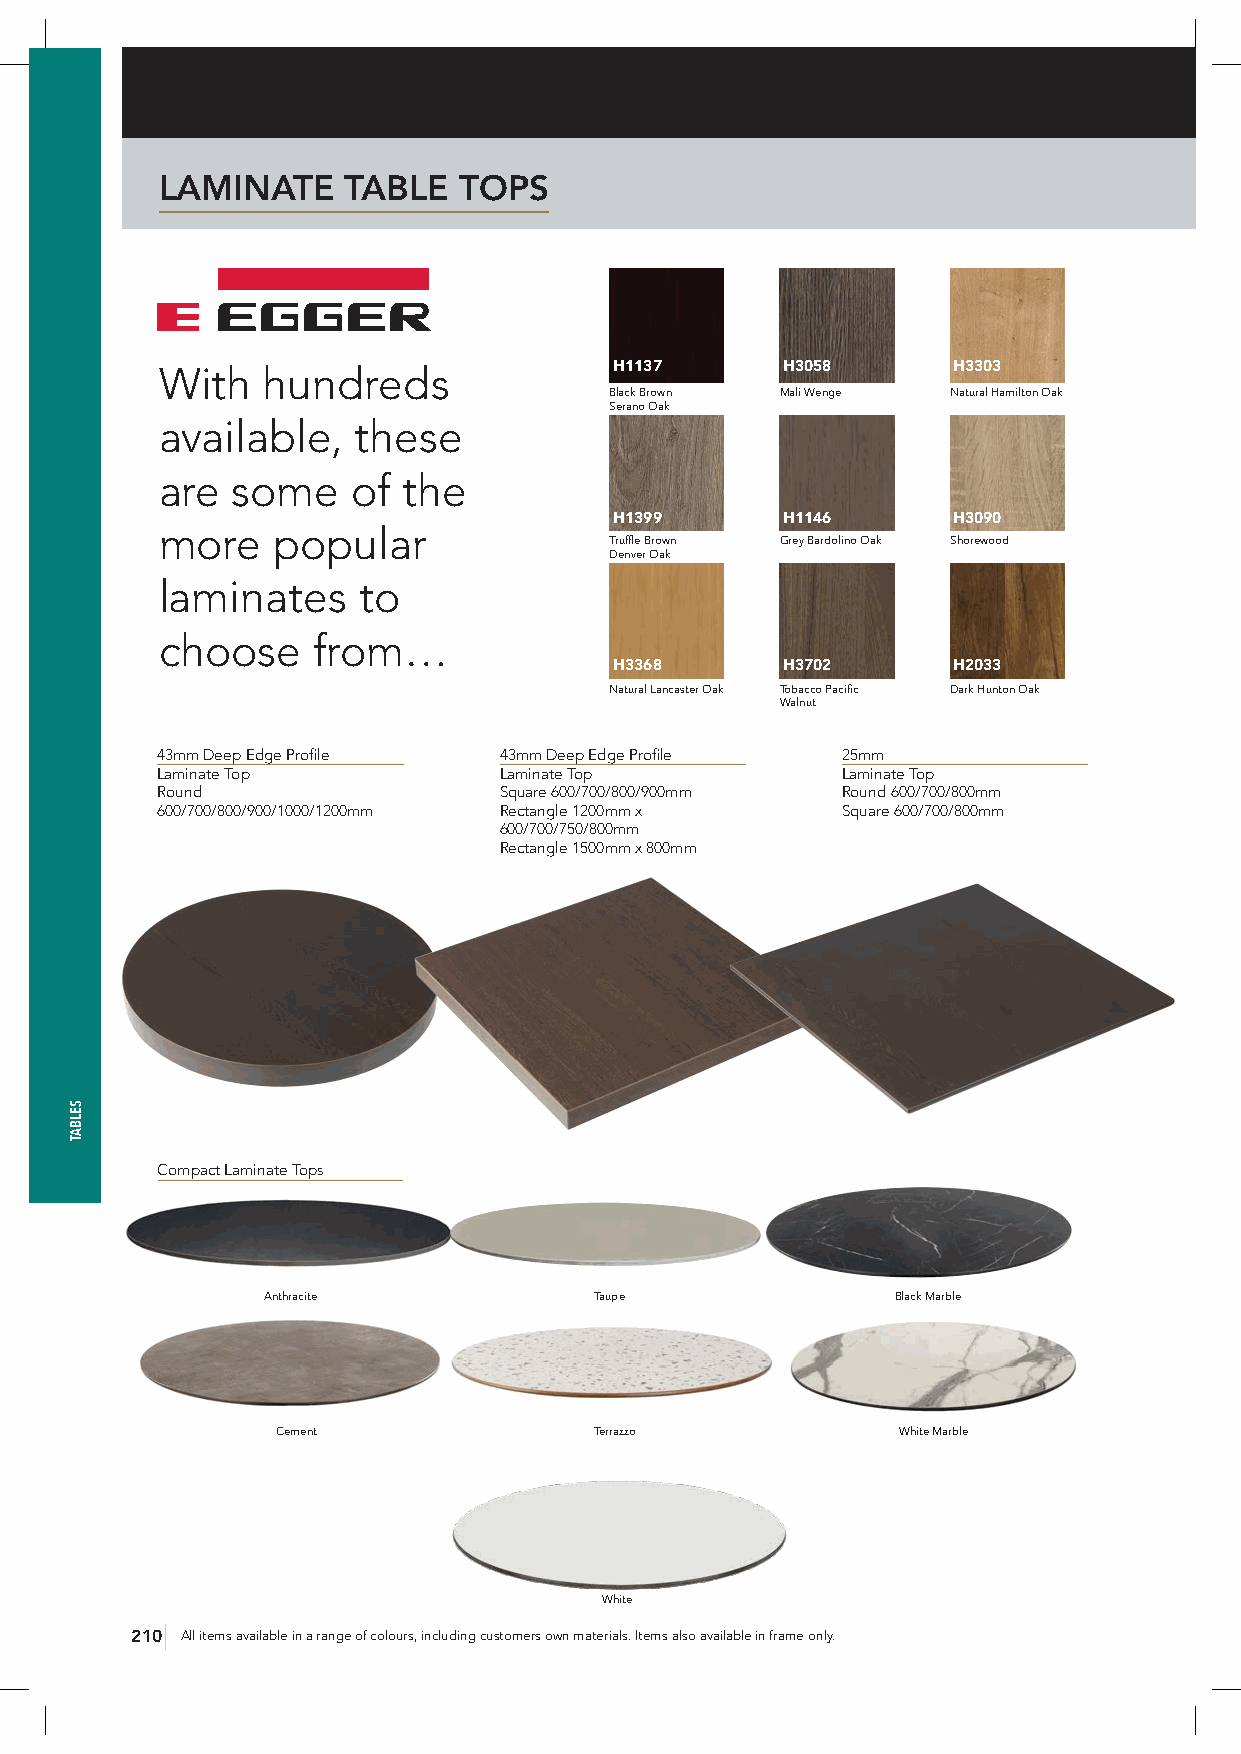
LAMINATE    TABLE  TOPS
 H1137      H3058      H3303
 With  hundreds
 Black Brown Mali Wenge Natural Hamilton Oak
 Serano Oak
 available,   these
 are some    of  the
 H1399      H1146      H3090
 more   popular
 Truffle Brown Grey Bardolino Oak Shorewood
 Denver Oak
 laminates    to
 choose    from…
 H3368      H3702      H2033
 Natural Lancaster Oak Tobacco Pacific Dark Hunton Oak
 Walnut
 43mm Deep Edge Profile 43mm Deep Edge Profile 25mm
 Laminate Top           Laminate Top           Laminate Top
 Round                  Square 600/700/800/900mm Round 600/700/800mm
 600/700/800/900/1000/1200mm Rectangle 1200mm x Square 600/700/800mm
 600/700/750/800mm
 Rectangle 1500mm x 800mm
 Compact Laminate Tops
 Anthracite            Taupe               Black Marble
 Cement               Terrazzo            White Marble
 White
 210 All items available in a range of colours, including customers own materials. Items also available in frame only.
 SELBAT